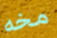
مخه